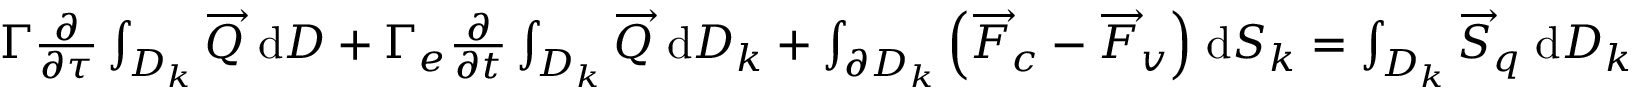
\begin{array} { r l } & { \Gamma \frac { \partial } { \partial \tau } \int _ { D _ { k } } \overrightarrow { Q } \; \mathrm { d } D + \Gamma _ { e } \frac { \partial } { \partial t } \int _ { D _ { k } } \overrightarrow { Q } \; \mathrm { d } D _ { k } + \int _ { \partial D _ { k } } \Big ( \overrightarrow { F } _ { c } - \overrightarrow { F } _ { v } \Big ) \; \mathrm { d } S _ { k } = \int _ { D _ { k } } \overrightarrow { S } _ { q } \; \mathrm { d } D _ { k } } \end{array}